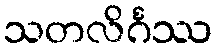
သတလိင်္ဂဿ